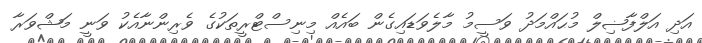
އަދި އަލްފާޟިލް މުޙައްމަދު ވަސީމު މާލެވަޑައިގެން ބައެއް މިނިސްޓްރީތަކުގެ ވެރިންނާއެކު ވަނީ މަޝްވަރާ